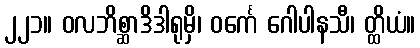
၂၂၁။ ဝလဘိစ္ဆာဒိဒါရုမှိ၊ ဝင်္ကေ ဂေါပါနသီ၊ တ္ထိယံ။